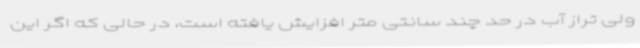
ولی تراز آب در حد چند سانتی متر افزایش یافته است، در حالی که اگر این